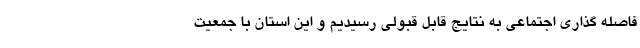
فاصله گذاری اجتماعی به نتایج قابل قبولی رسیدیم و این استان با جمعیت